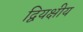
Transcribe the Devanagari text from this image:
द्वियक्षीय